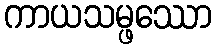
ကာယသမ္ဖဿော